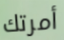
أمرتك